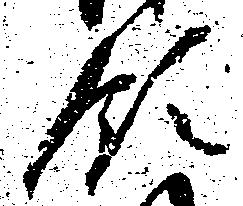
領